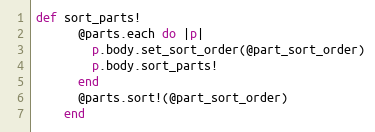
Language: Ruby
def sort_parts!
      @parts.each do |p|
        p.body.set_sort_order(@part_sort_order)
        p.body.sort_parts!
      end
      @parts.sort!(@part_sort_order)
    end